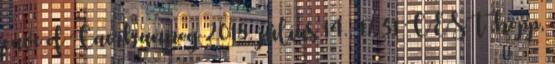
cave of Caerbannog 2018. július 14., 17:31 CEST .hopp,